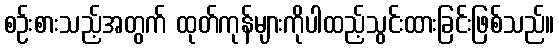
စဉ်းစားသည့်အတွက် ထုတ်ကုန်များကိုပါထည့်သွင်းထားခြင်းဖြစ်သည်။